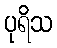
ပုရိသ